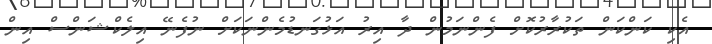
އެކި ކަންކަން ތަކުރާރުކޮށް ފެންނަމުން ދާ އިރު އަޅުގަނޑުމެންނަކަށް ނުފެނޭ އިލެކްޝަންސް އިން